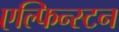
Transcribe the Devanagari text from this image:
एल्फिन्‍स्टन